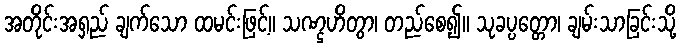
အတိုင်းအရှည် ချက်သော ထမင်းဖြင့်။ သဏ္ဌဟိတွာ၊ တည်စေ၍။ သုခပ္ပတ္တော၊ ချမ်းသာခြင်းသို့